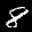
Label: 8